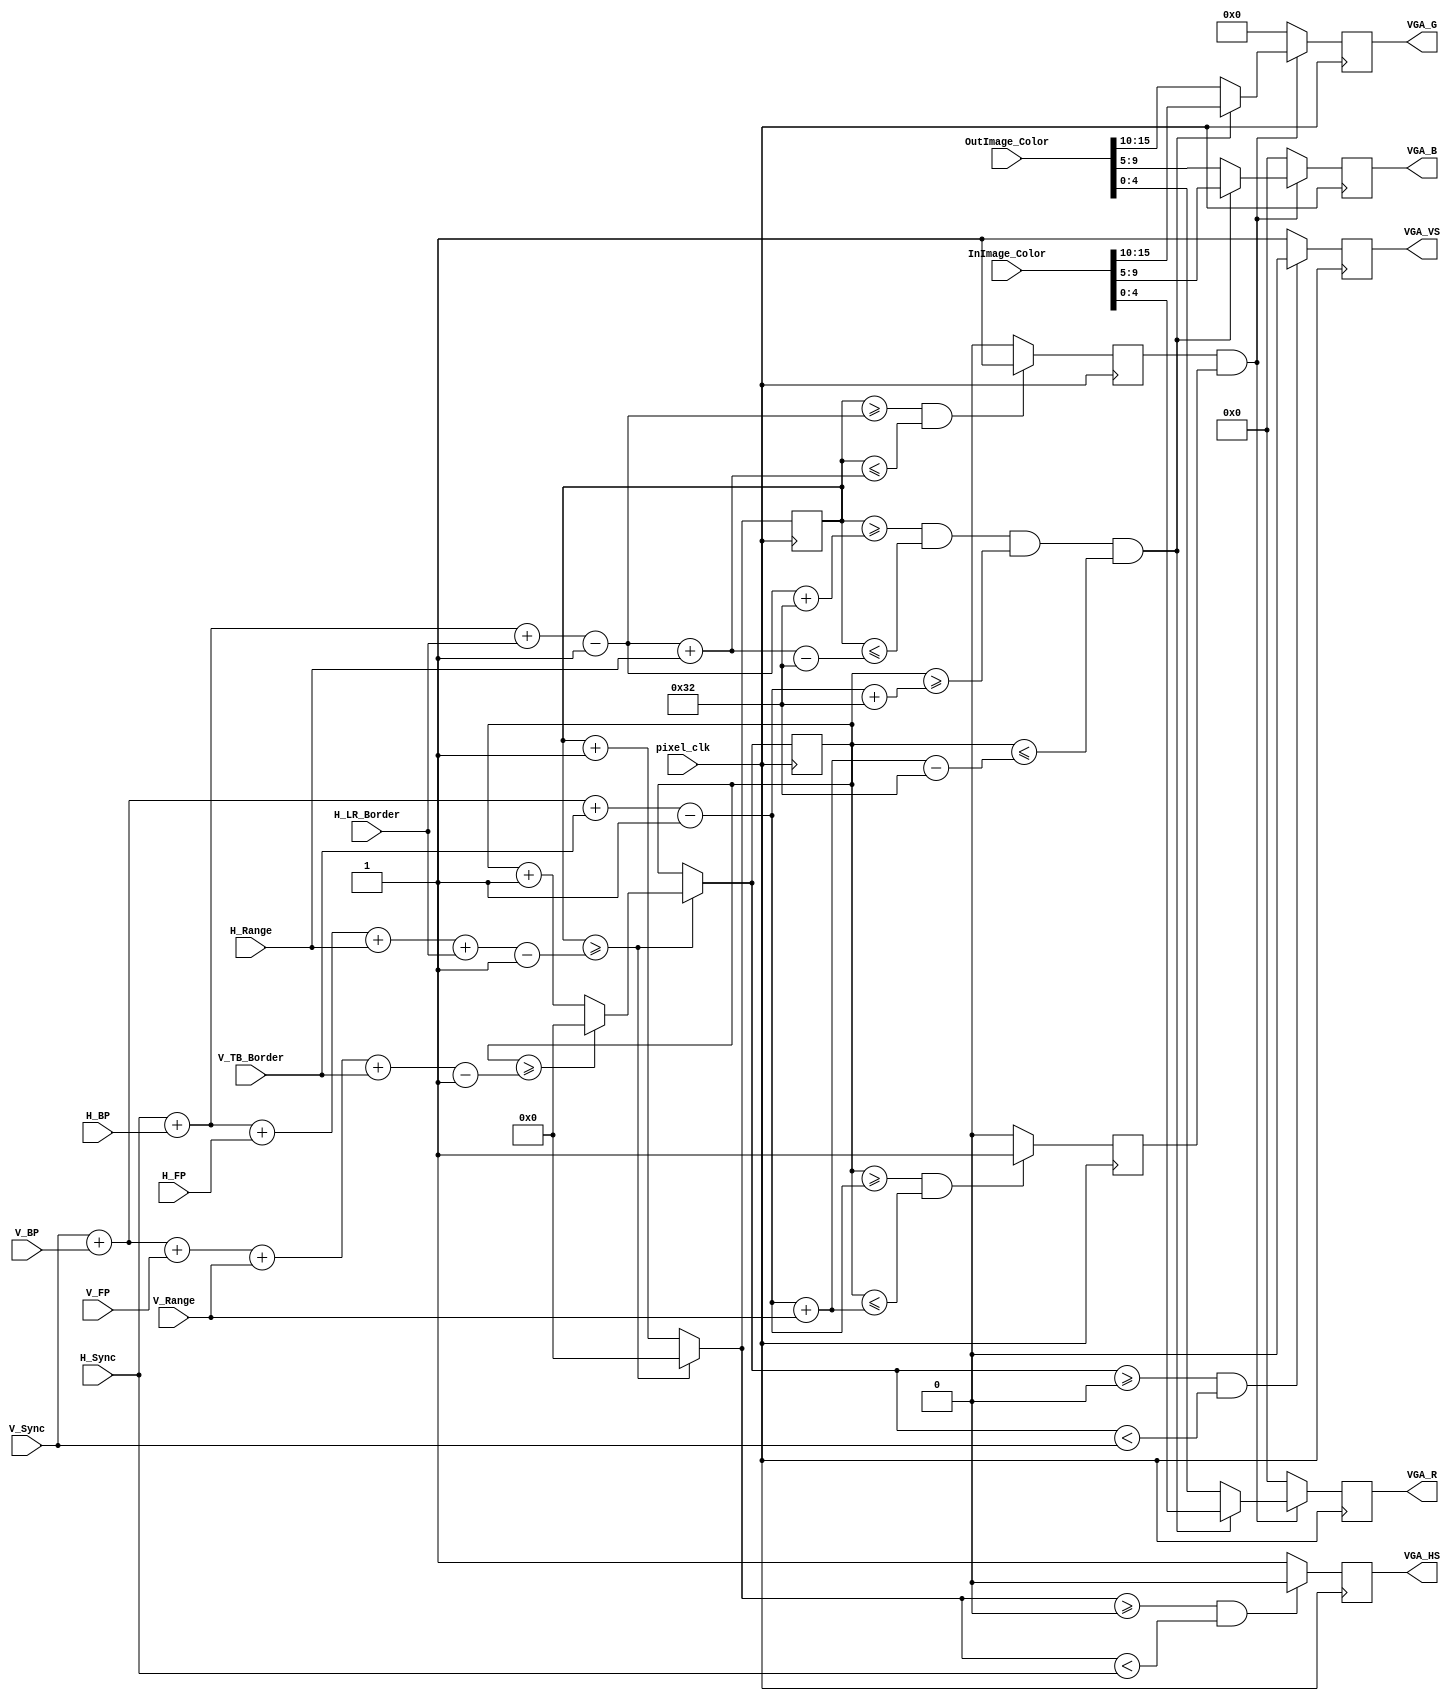
`timescale 1ns / 1ps
//////////////////////////////////////////////////////////////////////////////////
// Company: 
// Engineer: 
// 
// Design Name: 
// Module Name: VGA_Control
// Project Name: 
// Target Devices: 
// Tool Versions: 
// Description: 
// 
// Dependencies: 
// 
// Revision:
// Revision 0.01 - File Created
// Additional Comments:
// 
//////////////////////////////////////////////////////////////////////////////////


module VGA_Control(
        input  wire [31:0] H_Sync,
        input  wire [31:0] H_BP,
        input  wire [31:0] H_FP,
        input  wire [31:0] H_Range,
        input  wire [31:0] H_LR_Border,
        input  wire [31:0] V_Sync,
        input  wire [31:0] V_BP,
        input  wire [31:0] V_FP,
        input  wire [31:0] V_Range,
        input  wire [31:0] V_TB_Border,
        input  wire [15:0] InImage_Color,
        input  wire [15:0] OutImage_Color,
        input  wire        pixel_clk,    
        output  reg [4:0]  VGA_R,
        output  reg [4:0]  VGA_B,
        output  reg [5:0]  VGA_G,
        output  reg        VGA_HS,
        output  reg        VGA_VS
    );
    
    wire [31:0] H_Start, H_End, V_Start, V_End, H_Length, V_Length;
    reg         H_InRange = 0, V_InRange = 0;
    integer     H_Counter, V_Counter;
    
    assign H_Start = H_Sync + H_BP + H_LR_Border - 1;
    assign H_End = H_Start + H_Range;
    assign V_Start = V_Sync + V_BP + V_TB_Border - 1;
    assign V_End = V_Start + V_Range;
    assign H_Length = H_Sync + H_BP + H_FP + H_Range + H_LR_Border - 1;
    assign V_Length = V_Sync + V_BP + V_FP + V_Range + V_TB_Border - 1;
    
    initial
    begin
        H_Counter <= 32'd0;
        V_Counter <= 32'd0;
        H_InRange <= 1'd0;
        V_InRange <= 1'd0;
        
        //Set initial output values
        VGA_R <= 5'd0;
        VGA_B <= 5'd0;
        VGA_G <= 5'd0;
        VGA_HS <= 0;
        VGA_VS <= 0;
    end
    
    always @ (posedge(pixel_clk))
    begin
        //Increment the horizontal and vertical counters
        if(H_Counter >= H_Length)
        begin
            H_Counter = 32'd0;
            
            if(V_Counter >= V_Length)
            begin
                V_Counter = 32'd0;
            end
            else
                V_Counter = V_Counter + 32'd1;
        end
        else
            H_Counter = H_Counter + 32'd1;
            
        //Enable H-Sync and V-Sync if necessary
        if((H_Counter >= 0) && (H_Counter < H_Sync))
            VGA_HS = 1'd0;
        else
            VGA_HS = 1'd1;
            
        if((V_Counter >= 0) && (V_Counter < V_Sync))
            VGA_VS = 1'd0;
        else
            VGA_VS = 1'd1;
    end
    
    always @ (posedge(pixel_clk))
    begin    
        //Enable the image if within the image range
        if((H_Counter >= H_Start) && (H_Counter <= H_End))
            H_InRange <= 1'd1;
        else
            H_InRange <= 1'd0;
            
        if((V_Counter >= V_Start) && (V_Counter <= V_End))
            V_InRange <= 1'd1;
        else
            V_InRange <= 1'd0;
    end
    
    always @ (posedge(pixel_clk))
    begin    
        //Display image if in range
        if(H_InRange && V_InRange)
        begin
            if((H_Counter >= (H_Start+50)) && (H_Counter <= (H_End-50)) &&
                (V_Counter >= (V_Start+50)) && (V_Counter <= (V_End-50)))
            begin
                VGA_R <= InImage_Color[4:0];
                VGA_B <= InImage_Color[9:5];
                VGA_G <= InImage_Color[15:10];
            end
            else
            begin
                VGA_R <= OutImage_Color[4:0];
                VGA_B <= OutImage_Color[9:5];
                VGA_G <= OutImage_Color[15:10];
            end
        end
        else
        begin
            VGA_R <= 5'd0;
            VGA_B <= 5'd0;
            VGA_G <= 6'd0;
        end
    end
    
endmodule